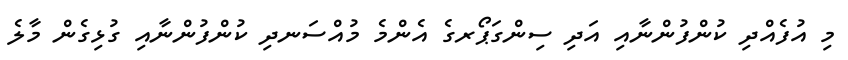
މި އުފެއްދި ކުންފުންނާއި އަދި ސިންގަޕޯރގެ އެންމެ މުއްސަނދި ކުންފުންނާއި ގުޅިގެން މާލެ